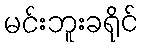
မင်းဘူးခရိုင်